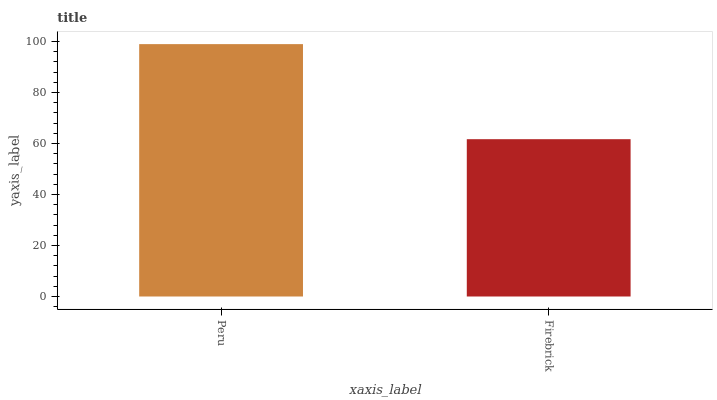
| xaxis_label | bars |
 | --- | --- |
 | Peru | 99 |
 | Firebrick | 61.7 |